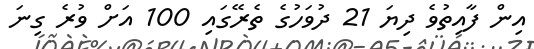
އިން ފާއިތުވެ ދިޔަ 21 ދުވަހުގެ ތެރޭގައި 100 އަށް ވުރެ ގިނަ